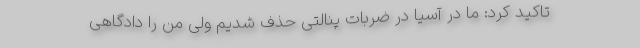
تاکید کرد: ما در آسیا در ضربات پنالتی حذف شدیم ولی من را دادگاهی